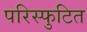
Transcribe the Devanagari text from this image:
परिस्फुटित